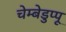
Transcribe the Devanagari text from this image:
चेम्बेडुप्पू